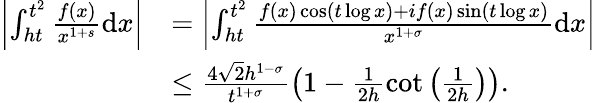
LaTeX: \begin{array}{rl}{\left|\int_{ht}^{t^{2}}\frac{f(x)}{x^{1+s}}\mathrm{d}x\right|}&{=\left|\int_{ht}^{t^{2}}\frac{f(x)\cos(t\log x)+if(x)\sin(t\log x)}{x^{1+\sigma}}\mathrm{d}x\right|}\\ &{\le\frac{4\sqrt{2}h^{1-\sigma}}{t^{1+\sigma}}\left(1-\frac{1}{2h}\cot\left(\frac{1}{2h}\right)\right).}\end{array}